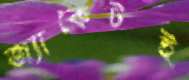
জ্যাকেটই